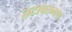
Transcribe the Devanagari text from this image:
तटावरुनच